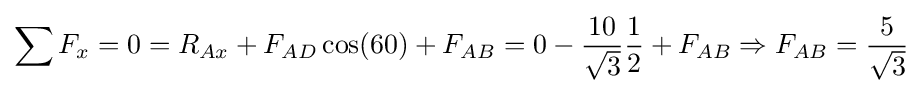
\sum F_{x}=0=R_{Ax}+F_{AD}\cos(60)+F_{AB}=0-{\frac {10}{\sqrt {3}}}{\frac {1}{2}}+F_{AB}\Rightarrow F_{AB}={\frac {5}{\sqrt {3}}}